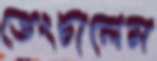
ভেংচালেম